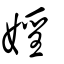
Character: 婬